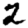
Digit: 2